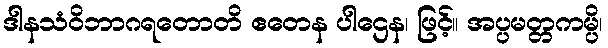
ဒါနသံဝိဘာဂရတောတိ ဧတေန ပါဌေန၊ ဖြင့်။ အပ္ပမတ္တကမ္ပိ၊